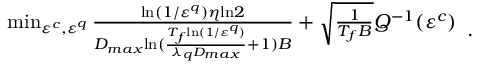
\begin{array} { r l } & { \operatorname* { m i n } _ { \varepsilon ^ { c } , \varepsilon ^ { q } } \frac { { \mathrm { l n } ( 1 / \varepsilon ^ { q } ) \eta \mathrm { l n } 2 } } { D _ { m a x } { \mathrm { l n } ( \frac { T _ { f } { \mathrm { l n } ( 1 / \varepsilon ^ { q } ) } } { \lambda _ { q } D _ { m a x } } + 1 ) B } } + \sqrt { \frac { 1 } { T _ { f } B } } Q ^ { - 1 } ( \varepsilon ^ { c } ) } \end{array} .